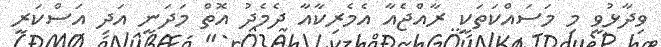
ވިދާޅުވީ މި މަސައްކަތަކީ ރާއްޖެއާ އެމެރިކާއާ ދެމެދު އޮތް މަދަނީ އަދި އަސްކަރީ